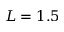
L = 1 . 5